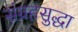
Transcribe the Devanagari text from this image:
संग्रहसुद्धा